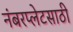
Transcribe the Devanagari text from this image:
नंबरप्लेटसाठी